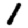
Digit: 1